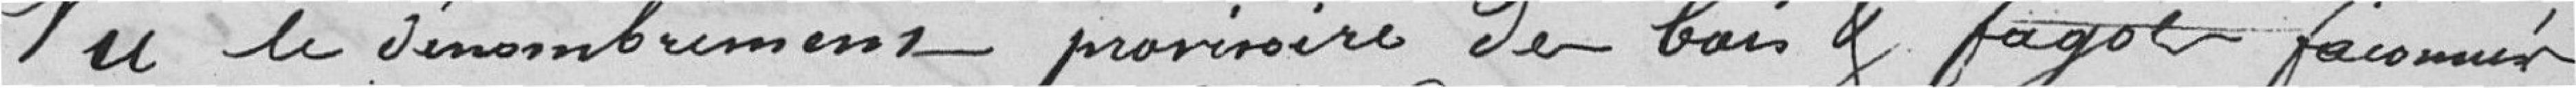
Vu le dénombrement provisoire des bois et fagots façonnés